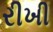
રીખી